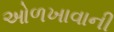
ઓળખાવાની